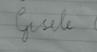
Signature authenticity: forged